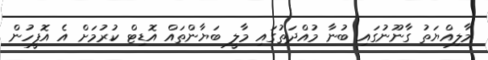
މާލިއްޔަތު ގާނޫނުގައި ބުނާ މުއްދަތުގައި މާލީ ބަޔާންތައް އޮޑިޓް ކުރުމަށް އެ އޮފީހުން